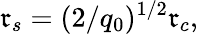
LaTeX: \mathfrak{r}_{s}=(2/q_{0})^{1/2}\mathfrak{r}_{c},